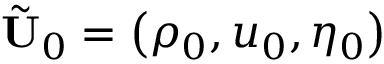
\tilde { \mathbf { U } } _ { 0 } = \left( { \rho _ { 0 } , u _ { 0 } , \eta _ { 0 } } \right)